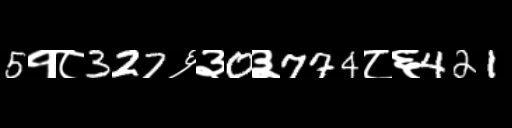
Text: 5१८327६३0३774८६421